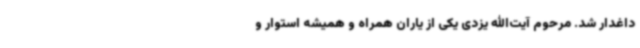
داغدار شد. مرحوم آیت‌الله یزدی یکی از یاران همراه و همیشه استوار و